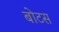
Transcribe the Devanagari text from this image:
बोटस